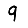
Digit: 9